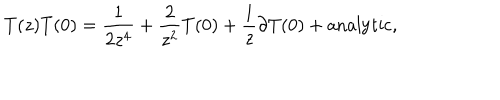
T ( z ) T ( 0 ) = \frac { 1 } { 2 z ^ { 4 } } + \frac { 2 } { z ^ { 2 } } T ( 0 ) + \frac { 1 } { z } \partial T ( 0 ) + \mathrm { a n a l y t i c } ,